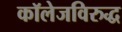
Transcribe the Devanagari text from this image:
कॉलेजविरुद्ध